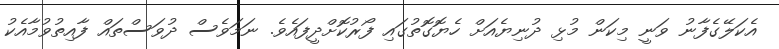
އެކަލޭގެފާނު ވަނީ މިކަން މުޅި ދުނިޔެއަށް ހެޔޮގޮތުގައި ފޯރުކޮށްދީފައެވެ. ނަމަވެސް ދުވަސްތައް ފާއިތުވުމާއެކު